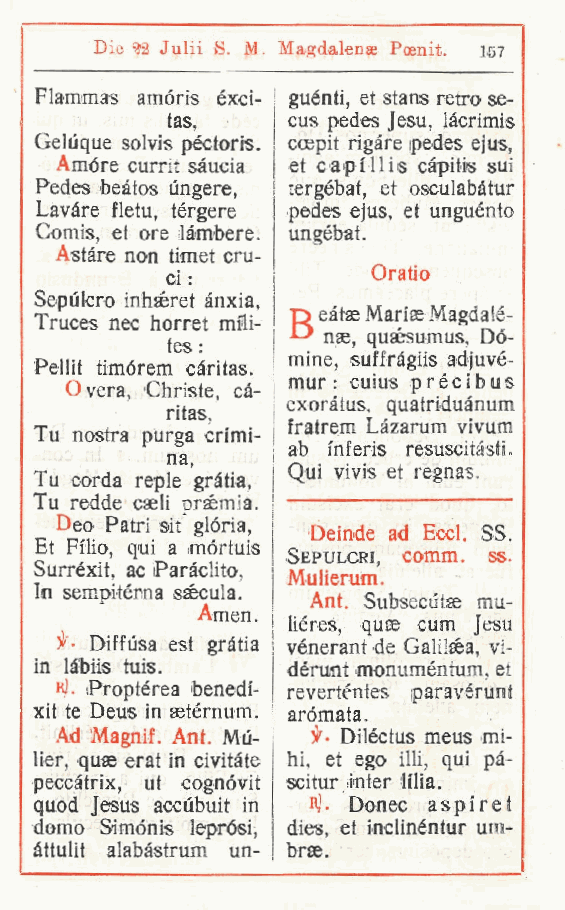
Die 2 Julii S. M. Magdalense Poenit. 167
 Flammas amóris exci- guénti, et stans retro se-
 tas,    cus pedes Jesu, làcrimis
 Geluque solvis péctoris. cospit rigare pedes ejus,
 Amóre currit sàucia et capillis càpitis sui
 Pedes beàtos ùngere tergébat, et osculabàtur
 ,
 Lavare fletu tergere pedes ejus, et unguènto
 ,
 Comis et ore làmbere. ungébat.
 ,
 Astàre non timet cru-
 Oratio
 ci :
 Sepiilcro inhaèret ànxia.
 r> eàtse Marise Magdalé-
 Truces nec horret mfli-
 D nae
 quaésumus, Do-
 tes :       ,
 mine, suffràgiis adjuvé-
 Pellit timórem càritas.
 mur : cuius précibus
 Overa Christe, cà-
 ,         exoràtus, quatriduànum
 ritas
 ,    fratrem Làzarum vivum
 Tu nostra purga crimi-
 ab inferis resuscitasti.
 na,
 Qui vivis et regnas.
 Tu corda reple gràtia,
 Tu redde caeli prsemia. 1
 Deo Patri sit gloria | Deinde ad Eccl ss
 ,
 Et F.ho qui a mortuis j S
 EpULCRI C(>mm. ss.
 Surréxit. ac Parachto, | M
 ulierum.
 In sempitèrna ssécula.
 Ant. Subsecutse mu-
 Amen
 . liéres, quse cum Jesu
 Diffusa est gràtia vénerant de Galilaéa, vi-
 in làbiis tuis.  dénmt monuméntum, et
 R). Proptérea benedi- reverténtes paravérunt
 xit te Deus in aetérnum. arómata.
 Ad Magnif. Ant. Mù- Diléctus meus mi-
 lier, quae erat in civitàte hi, et ego illi, qui pà-
 peccàtrix, ut cognóvit scitur inter lilia.
 quod Jesus accubuit in Rj. Donec aspiret
 domo Simónis leprósi, dies, et inclinéntur um-
 àttulit alabàstrum un- brae.